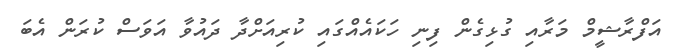
އަފްރާޝީމް މަރާއި ގުޅިގެން ފިނި ހަކައެއްގައި ކުރިއަށްދާ ދައުވާ އަވަސް ކުރަން އެބަ